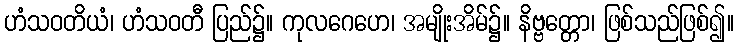
ဟံသဝတိယံ၊ ဟံသဝတီ ပြည်၌။ ကုလဂေဟေ၊ အမျိုးအိမ်၌။ နိဗ္ဗတ္တော၊ ဖြစ်သည်ဖြစ်၍။